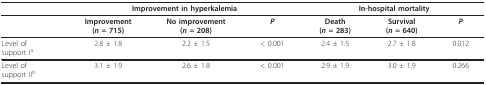
<table><thead><tr><td></td><td colspan="3"><b>Improvement in hyperkalemia</b></td><td colspan="3"><b>In-hospital mortality</b></td></tr></thead><tbody><tr><td></td><td><b>Improvement</b><b>(<i>n </i>= 715)</b></td><td><b>No improvement</b><b>(<i>n </i>= 208)</b></td><td><b><i>P</i></b></td><td><b>Death</b><b>(<i>n </i>= 283)</b></td><td><b>Survival</b><b>(<i>n </i>= 640)</b></td><td><b><i>P</i></b></td></tr><tr><td>Level ofsupport I<sup>a</sup></td><td>2.8 ± 1.8</td><td>2.2 ± 1.5</td><td>&lt; 0.001</td><td>2.4 ± 1.5</td><td>2.7 ± 1.8</td><td>0.012</td></tr><tr><td>Level ofsupport II<sup>b</sup></td><td>3.1 ± 1.9</td><td>2.6 ± 1.8</td><td>&lt; 0.001</td><td>2.9 ± 1.9</td><td>3.0 ± 1.9</td><td>0.266</td></tr></tbody></table>